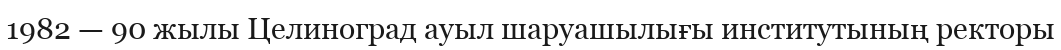
1982 — 90 жылы Целиноград ауыл шаруашылығы институтының ректоры